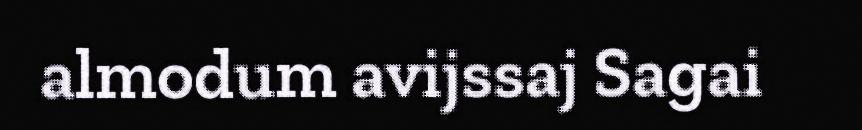
almodum avijssaj Sagai